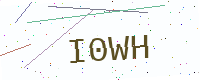
Text: I0WH